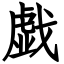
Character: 戯